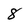
Character: 8